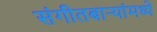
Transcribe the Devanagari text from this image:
संगीतबार्‍यांमध्ये